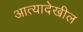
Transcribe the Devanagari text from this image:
आत्यादेखील